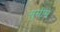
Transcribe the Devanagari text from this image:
सुमीमे